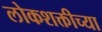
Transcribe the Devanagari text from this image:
लोकशक्तीच्या